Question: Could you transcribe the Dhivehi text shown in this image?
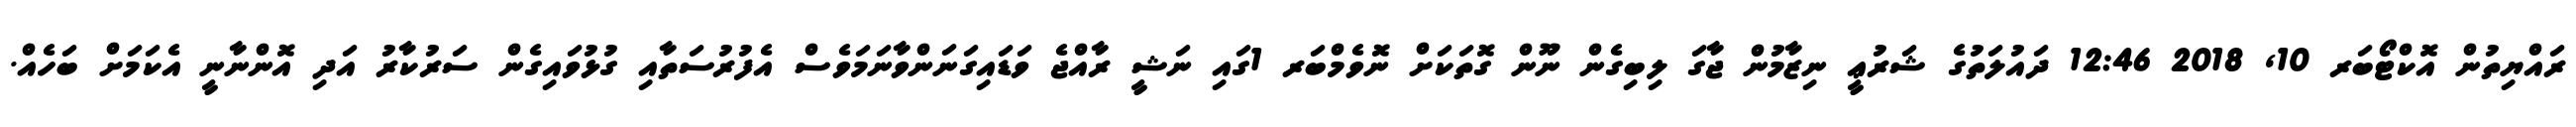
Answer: ރައްޔިތުން އޮކްޓޯބަރ 10, 2018 12:46 ދައުލަތުގެ ޝަރުޢީ ނިޒާމުން ޖާގަ ލިބިގެން ނޫން ގޮތަކަށް ނޮވެމްބަރ 1ގައި ނަޝީ ރާއްޖެ ވަޑައިގަނަންވާނަމަވެސް އެފުރުސަތާއި ގުޅުވައިގެން ސަރުކާރު އަދި އޮންނާނީ އެކަމަށް ބަހެއް.